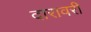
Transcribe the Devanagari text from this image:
दारावरी